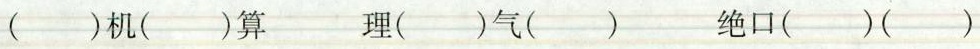
( )机( )算 理( )气( ) 绝口( ) (